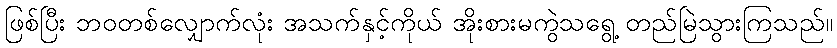
ဖြစ်ပြီး ဘဝတစ်လျှောက်လုံး အသက်နှင့်ကိုယ် အိုးစားမကွဲသရွေ့ တည်မြဲသွားကြသည်။